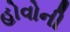
હોવોની